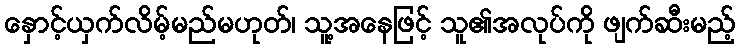
နှောင့်ယှက်လိမ့်မည်မဟုတ်၊ သူ့အနေဖြင့် သူ၏အလုပ်ကို ဖျက်ဆီးမည့်